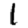
Digit: 1